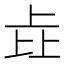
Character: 𰀎